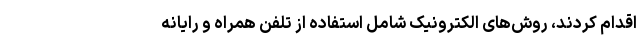
اقدام کردند، روش‌های الکترونیک شامل استفاده از تلفن همراه و رایانه